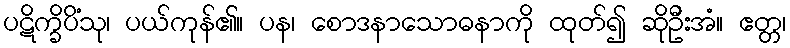
ပဋိက္ခိပိံသု၊ ပယ်ကုန်၏။ ပန၊ စောဒနာသောဓနာကို ထုတ်၍ ဆိုဦးအံ။ ဧတ္တ၊